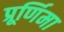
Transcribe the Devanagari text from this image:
प्रूर्णिमा